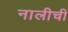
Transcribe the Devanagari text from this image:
नालीची